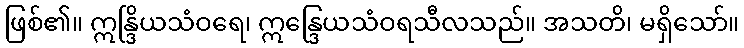
ဖြစ်၏။ ဣန္ဒြိယသံဝရေ၊ ဣန္ဒြေယသံဝရသီလသည်။ အသတိ၊ မရှိသော်။